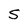
Character: S